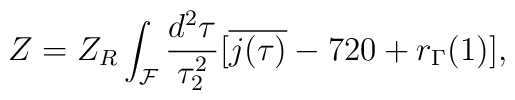
Z=Z_{R}\int_{\cal F}\frac{d^{2}\tau}{\tau_{2}^{2}}[\overline{j(\tau)}-720+r_{\Gamma}(1)],